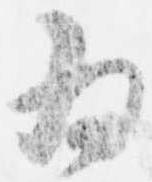
為